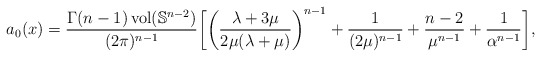
\begin{align*} a_0(x) = \frac{\Gamma(n-1)\operatorname{vol}(\mathbb{S}^{n-2})}{(2\pi)^{n-1}} \biggl[ \biggl( \frac{\lambda + 3\mu}{2\mu (\lambda + \mu)} \biggr)^{n-1} + \frac{1}{(2\mu)^{n-1}} + \frac{n-2}{\mu^{n-1}} + \frac{1}{\alpha^{n-1}} \biggr], \end{align*}